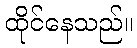
ထိုင်နေသည်။